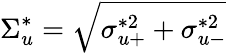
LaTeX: \Sigma_{u}^{*}=\sqrt{\sigma_{u+}^{*2}+\sigma_{u-}^{*2}}